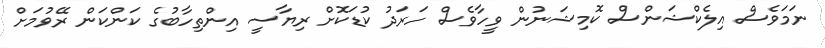
ނަމަވެސް އިލެކްޝަންސް ކޮމިޝަނުން ވީހާވެސް ހަރަދު ކުޑަކޮށް ރިޔާސީ އިންތިހާބުގެ ކަންކަން ރޭވުމަށް